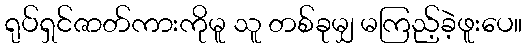
ရုပ်ရှင်ဇာတ်ကားကိုမူ သူ တစ်ခုမျှ မကြည့်ခဲ့ဖူးပေ။